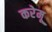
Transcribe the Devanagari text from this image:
करेमू